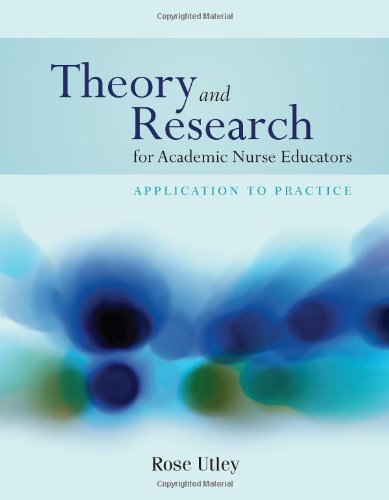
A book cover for Theory And Research For Academic Nurse Educators: Application To Practice; Rose Utley; Medical Books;